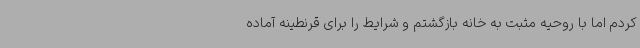
کردم اما با روحیه مثبت به خانه بازگشتم و شرایط را برای قرنطینه آماده